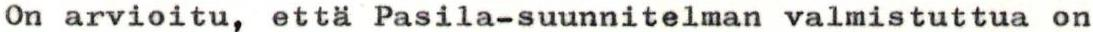
On arvioitu, että Pasila-suunnitelman valmistuttua on